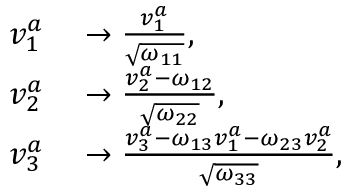
\begin{array} { r l } { v _ { 1 } ^ { a } } & { { } \rightarrow \frac { v _ { 1 } ^ { a } } { \sqrt { \omega _ { 1 1 } } } , } \\ { v _ { 2 } ^ { a } } & { { } \rightarrow \frac { v _ { 2 } ^ { a } - \omega _ { 1 2 } } { \sqrt { \omega _ { 2 2 } } } , } \\ { v _ { 3 } ^ { a } } & { { } \rightarrow \frac { v _ { 3 } ^ { a } - \omega _ { 1 3 } v _ { 1 } ^ { a } - \omega _ { 2 3 } v _ { 2 } ^ { a } } { \sqrt { \omega _ { 3 3 } } } , } \end{array}